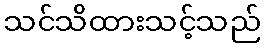
သင်သိထားသင့်သည်